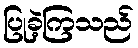
ပြုခဲ့ကြသည်